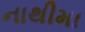
નાથીમા